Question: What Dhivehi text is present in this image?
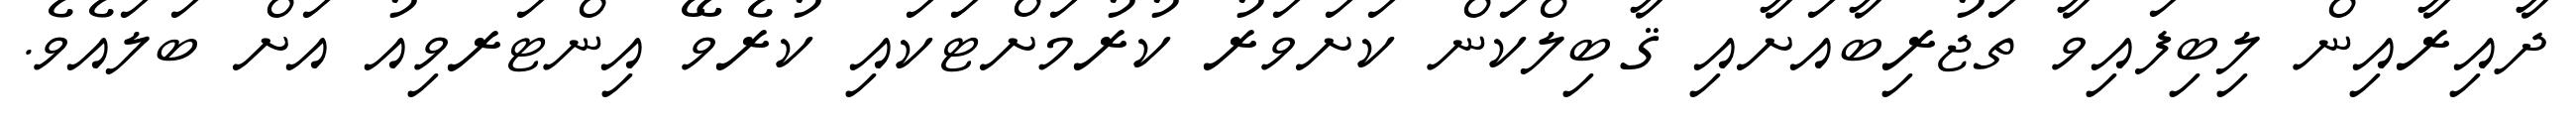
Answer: ދާއިރާއިން ލިބިފައިވާ ތަޖުރިބާއަށާއި ޤާބިލްކަން ކަށަވަރު ކުރުމަށްޓަކައި ކުރެވޭ އިންޓަރވިއު އަށް ބަލައެވެ.